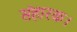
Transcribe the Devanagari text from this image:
संहारक।